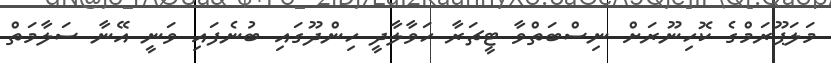
މަލަޕޫރަމްގެ ކޮހިނޫރަށް ނިސްބަތްވާ ޓީޗަރާ ހަވާލާދީ ހިންދޫގައި ބުނެފައި ވަނީ އޭނާ ސަލާމަތް